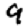
Digit: 9